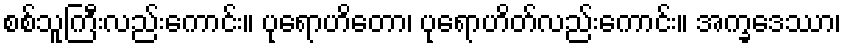
စစ်သူကြီးလည်းကောင်း။ ပုရောဟိတော၊ ပုရောဟိတ်လည်းကောင်း။ အက္ခဒေဿာ၊